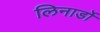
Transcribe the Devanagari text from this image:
लिनार्डो